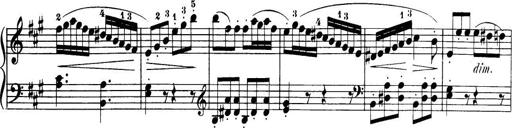
Title: 32 Sonatinas and Rondos for the Piano
Composer: Richard Kleinmichel